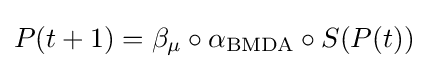
P(t+1)=\beta _{\mu }\circ \alpha _{\text{BMDA}}\circ S(P(t))